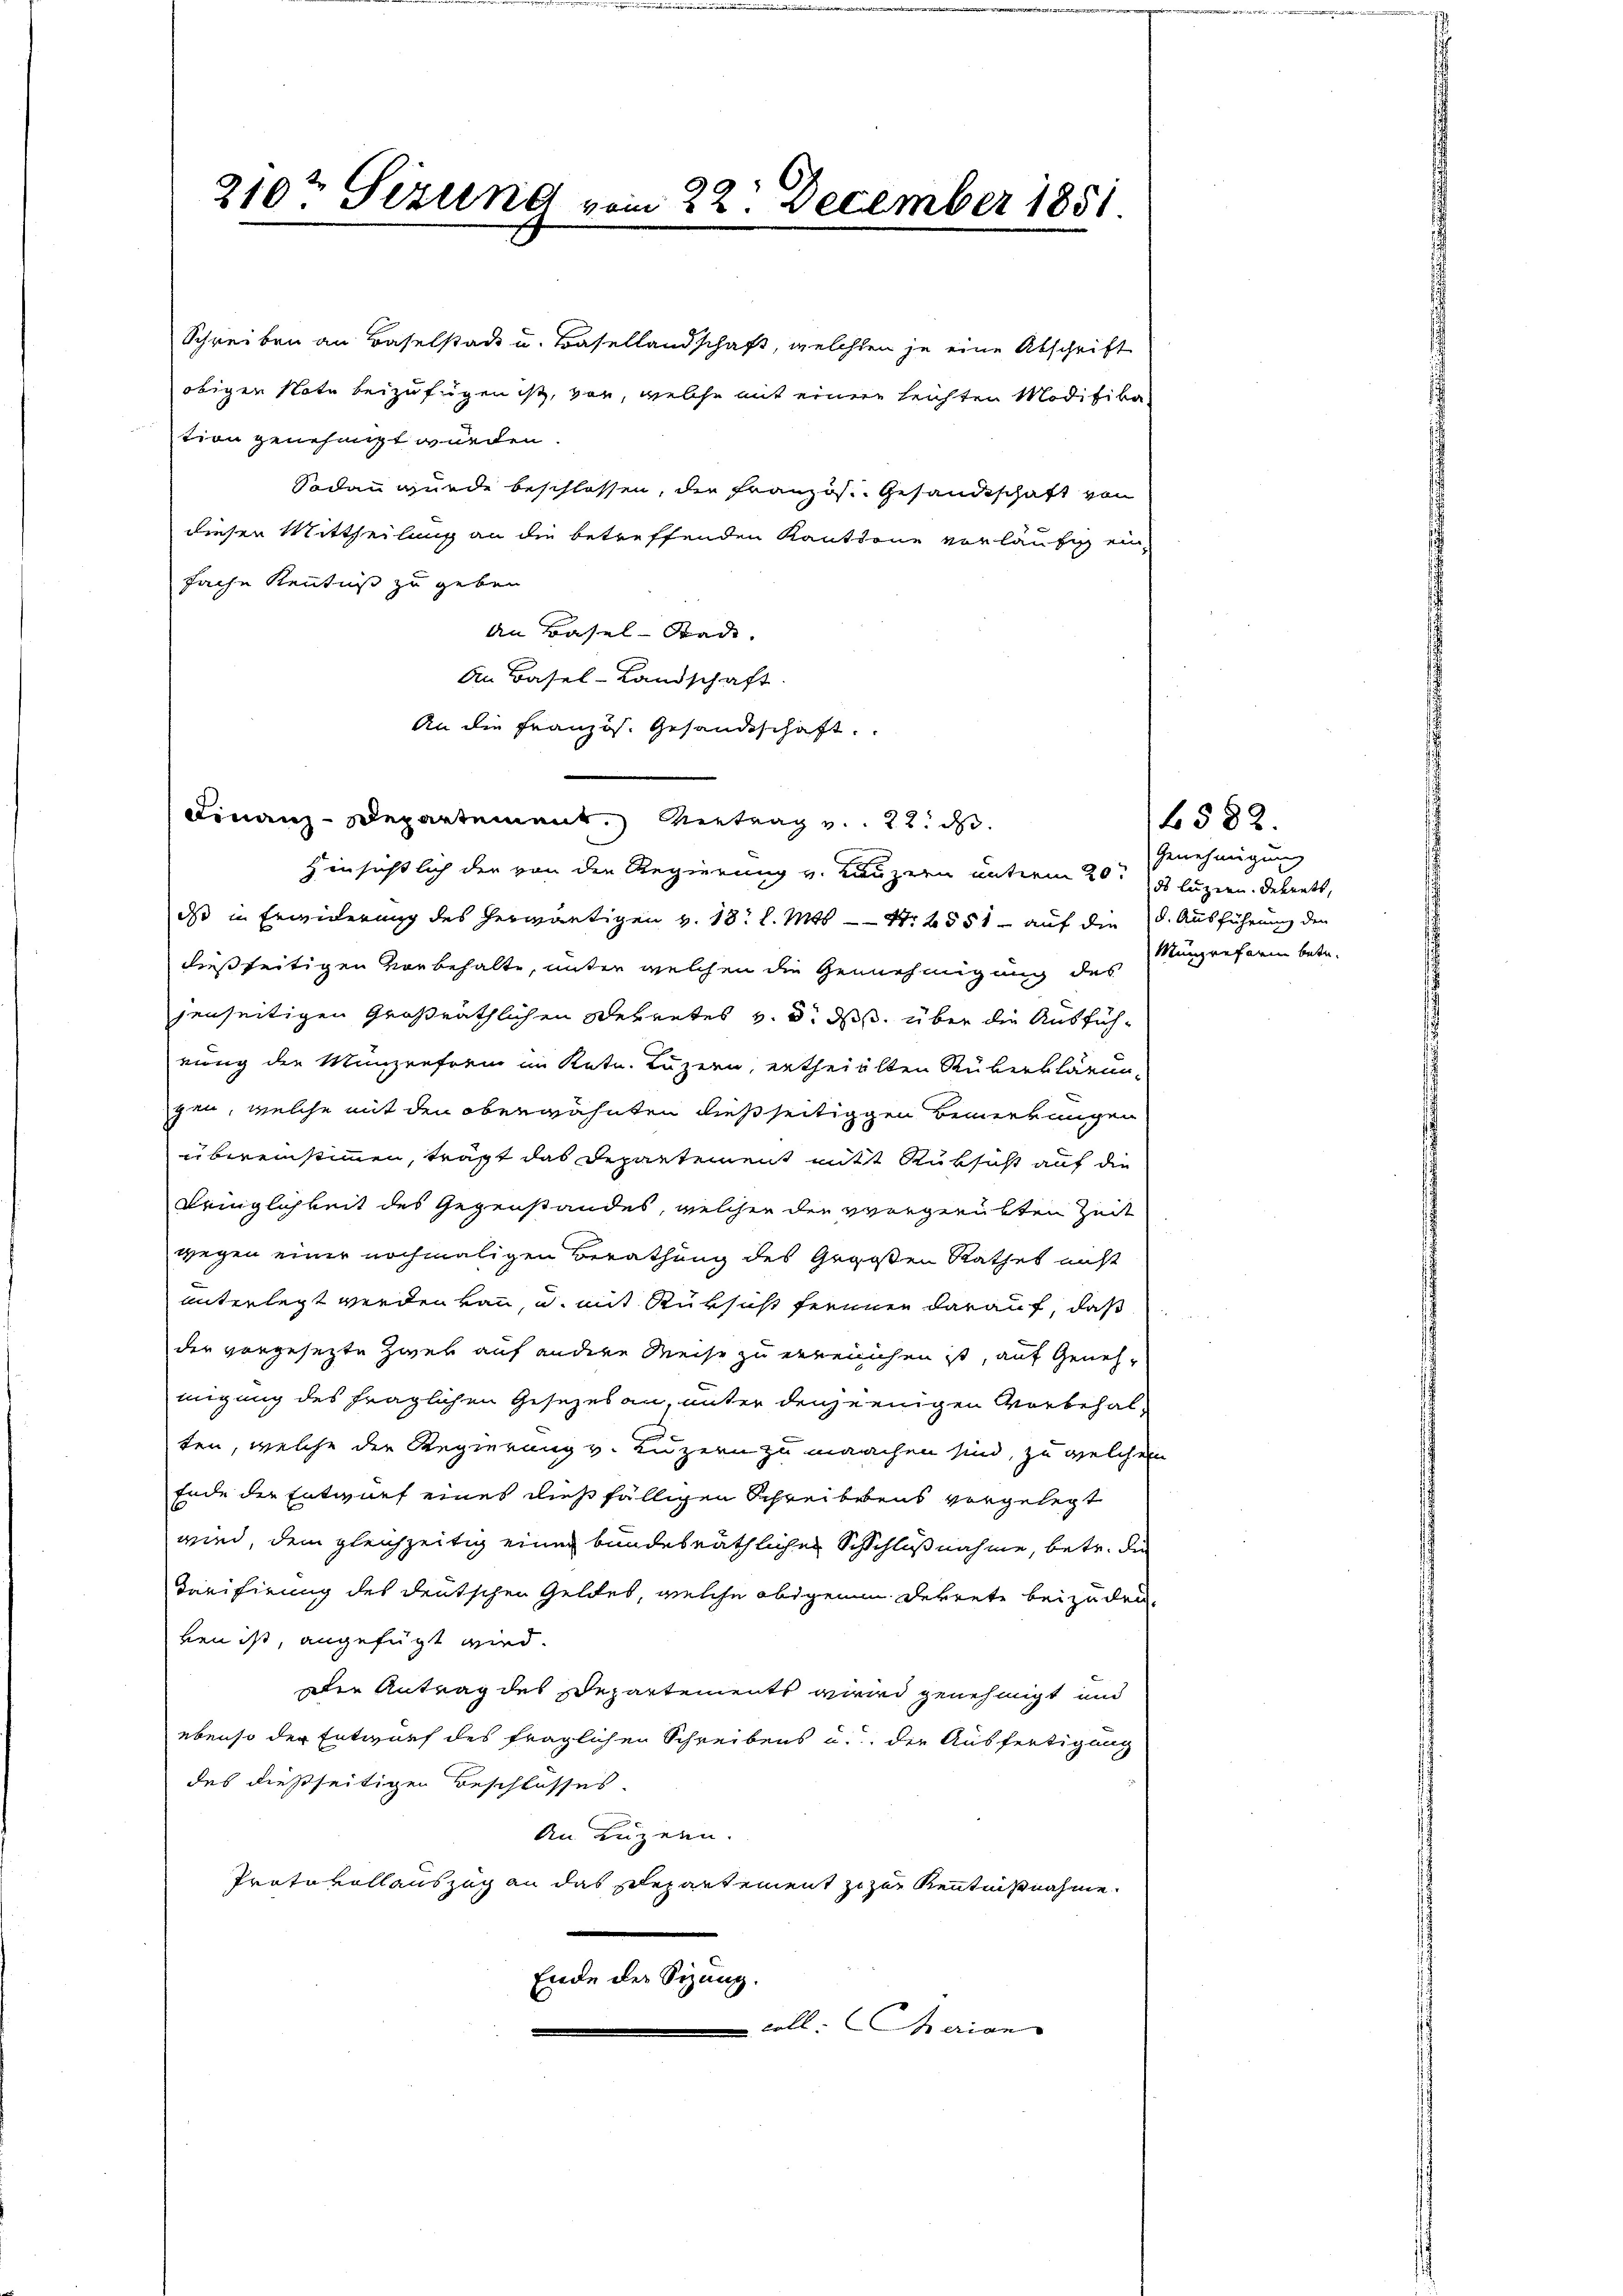
Schreiben an Baselstadt u. Basellandschaft, welchen je eine Abschrift
obiger Note beizufügen ist, von, welche mit einen leichten Modifika
tion genehmigt würden.
Sodann wurde beschlossen, die Französ. Gesandtschaft von
dieser Mittheilung an die betreffenden Kantone vorläufig einfache Kenntniß zu geben.
An Basel-Sade.
An Basel-Landschaft.
An die Französ. Gesandtschaft.
Finanz-Departement. Vertrag v. 22. d.
Hinsichtlich der von der Regierung v. Luzern unterm 20t 8 luzern. Dekrets,
dass in Erwiderung des herwärtigen v. 18. l. Mts. — Nr. 4551 auf die d. Ausführung den
dießseitigen Vorbehalte, unter welchen die Genehmigung des
jenseitigen Großräthlichen Sekretes v. d. ds. über die Ausführung der Münzrefrei im Kate. Luzern, ertheilten Rüberklärung
gen, welche mit den oberwähnten dießseitiggen Bemerkungen
übereinstimmen, trägt das Departement mit Rüksicht auf die
Bringlichkeit des Gegenstandes, welcher den vergerütten Zeit
wegen einer nochmaligen Berathung des Gegoßen Rathet nicht
unterlegt werden kann, u. mit Rüksicht fernen darauf, daß
der vorgesezte Zwei auf andere Reise zu erreichen ist, auf Genehmigung des fraglichen Gesezes an, unter denjenigen Vorbehalten, welche der Regierung v. Luzern zu machen sind, zu welchen
Ende der Entwurf eines dießfälligen Schreibens vorgelegt
wird, dem gleichzeitig einer bundesräthlichen Schlußnahme, betr. die
Tarifirung des deutschen Geldes, welche obigenen Dekrete beizudeuben ist, angefügt wird.
Der Antrag des Departements wird genehmigt und
ebenso der Entwurf des fraglichen Schreibens u. der Ausfertigung
des dießseitigen Beschlusses.
An Luzern.
Protokollauszug an das Departement zu zur Kenntnißnahme.
Ende der Sizung.
coll. Marian

210t Sezung vom 22. December 1851
 x

Genehmigung
Münzreform betr.

4582.